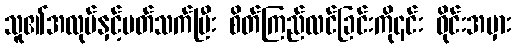
သူ၏အလုပ်နှင့်ပတ်သက်ပြီး စိတ်ကြည်လင်ခြင်းကို၎င်း ဝိုင်းအမှား